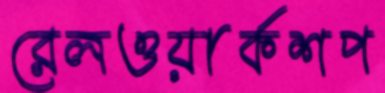
রেলওয়ার্কশপ